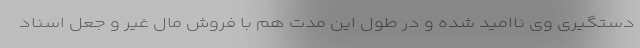
دستگیری وی ناامید شده و در طول این مدت هم با فروش مال غیر و جعل اسناد